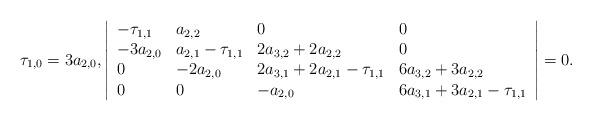
LaTeX: \begin{align*}\tau_{1,0}=3a_{2,0},\left|\begin{array}{llll}-\tau_{1,1}&a_{2,2}&0&0\\-3a_{2,0}& a_{2,1} -\tau_{1,1}&2a_{3,2}+2a_{2,2}&0\\0&-2a_{2,0}&2a_{3,1}+2a_{2,1}-\tau_{1,1}&6a_{3,2}+3a_{2,2}\\0&0&-a_{2,0}&6a_{3,1}+3a_{2,1}-\tau_{1,1}\end{array}\right|=0.\end{align*}